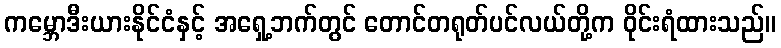
ကမ္ဘောဒီးယားနိုင်ငံနှင့် အရှေ့ဘက်တွင် တောင်တရုတ်ပင်လယ်တို့က ဝိုင်းရံထားသည်။